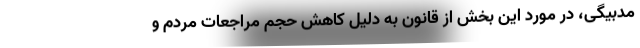
مدبیگی، در مورد این بخش از قانون به دلیل کاهش حجم مراجعات مردم و